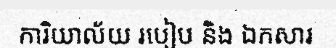
ការិយាល័យ របៀប និង ឯកសារ